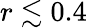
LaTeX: r\lesssim 0.4